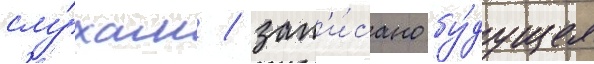
слу́хам / зап'и́сано бу́дущее